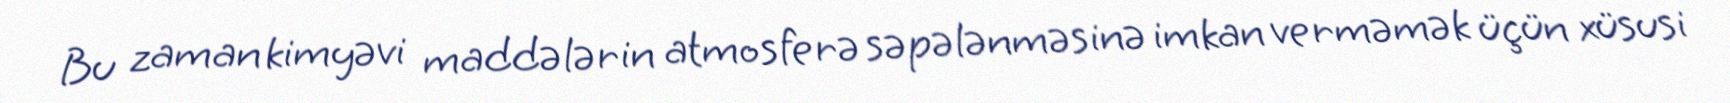
Bu zaman kimyəvi maddələrin atmosferə səpələnməsinə imkan verməmək üçün xüsusi